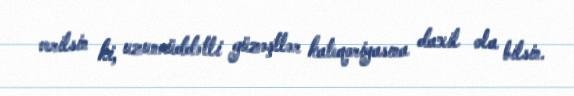
verilsin ki, uzunmüddətli güzəştlər kateqoriyasına daxil ola bilsin.